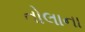
તોલાના